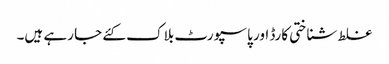
غلط شناختی کارڈ اور پاسپورٹ بلاک کئے جا رہے ہیں۔